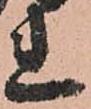
れ